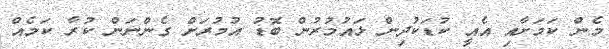
މެން ކަމަށާއި އެއީ ކުޑަކުދިން ޅައުމުރުން ބޮޑު އުމުރަށް ގެންނަން ކުރާ ކަމެއް